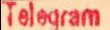
Telegram